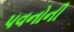
પવનોની